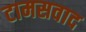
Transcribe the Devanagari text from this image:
टामसवाद